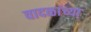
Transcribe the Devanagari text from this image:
वादळांच्या